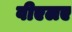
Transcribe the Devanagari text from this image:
वीएलए